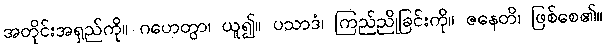
အတိုင်းအရှည်ကို။ ဂဟေတွာ၊ ယူ၍။ ပသာဒံ၊ ကြည်ညိုခြင်းကို။ ဇနေတိ၊ ဖြစ်စေ၏။